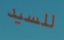
للسيد